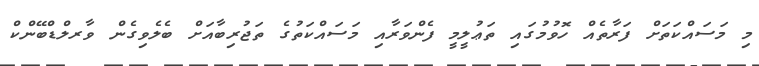
މި މަސައްކަތަށް ފަރާތެއް ހޮވުމުގައި ތަޢުލީމީ ފެންވަރާއި މަސައްކަތުގެ ތަޖުރިބާއަށް ބެލެވިގެން ވާރލްޑްބޭންކް